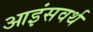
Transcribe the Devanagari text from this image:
आइंसवर्थ